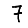
Digit: 7